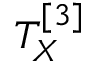
T _ { X } ^ { [ 3 ] }